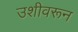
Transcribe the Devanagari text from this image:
उशीवरून